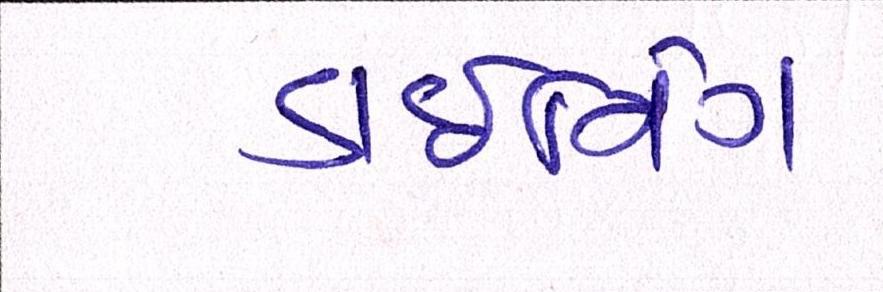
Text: ડાઇનિંગ